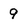
Character: 9